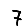
Digit: 7